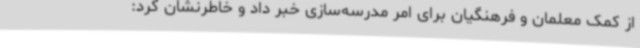
از کمک معلمان و فرهنگیان برای امر مدرسه‌سازی خبر داد و خاطرنشان کرد: